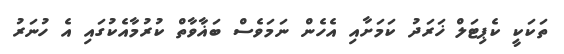
ތަކަކީ ކެޕިޓަލް ޚަރަދު ކަމަށާއި އެހެން ނަމަވެސް ބަޣާވާތް ކުރުމާއެކުގައި އެ ހުނަރު